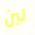
لين